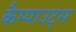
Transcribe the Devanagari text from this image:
कैम्पाउट्स